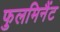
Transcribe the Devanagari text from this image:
फुलमिनैंट